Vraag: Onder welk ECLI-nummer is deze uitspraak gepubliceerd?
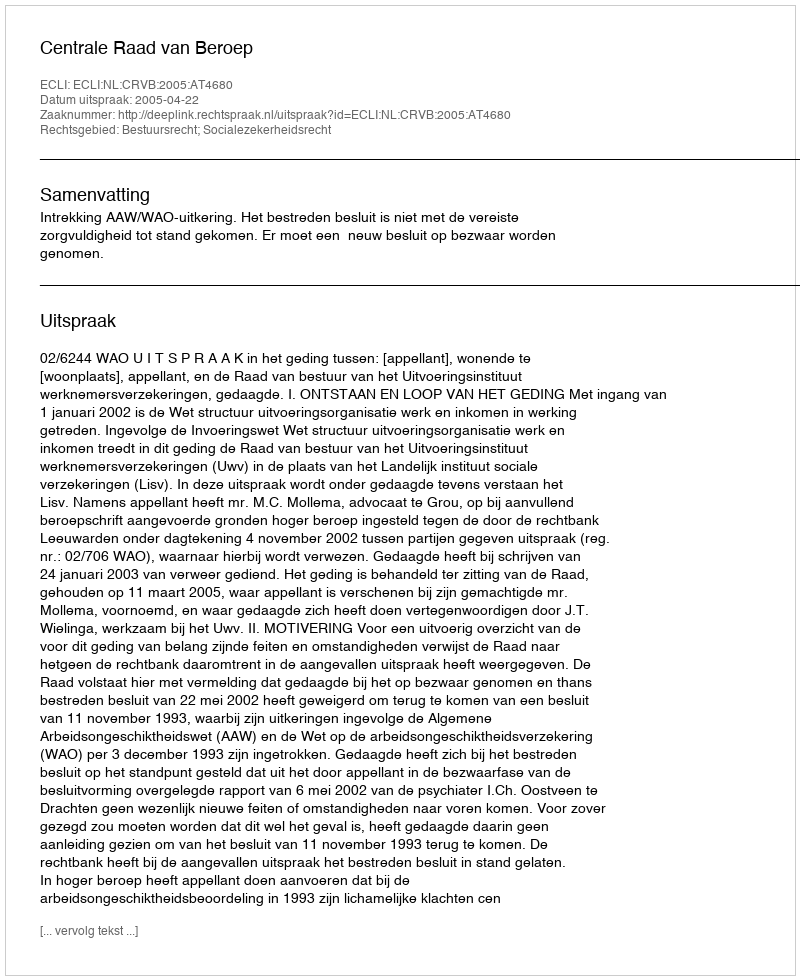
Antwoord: ECLI:NL:CRVB:2005:AT4680